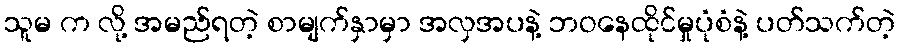
သူမ က လို့ အမည်ရတဲ့ စာမျက်နှာမှာ အလှအပနဲ့ ဘဝနေထိုင်မှုပုံစံနဲ့ ပတ်သက်တဲ့